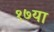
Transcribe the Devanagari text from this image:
१७या